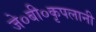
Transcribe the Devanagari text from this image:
जे०बी०कृपलानी